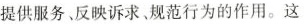
提供服务、反映诉求、规范行为的作用。这